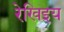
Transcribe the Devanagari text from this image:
रेखिइय